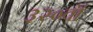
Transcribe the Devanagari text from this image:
३२०वॉ